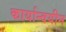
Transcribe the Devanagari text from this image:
कार्यान्वयीन